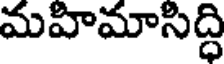
మహిమాసిద్ధి